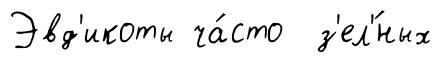
Эвд'икоты ча́сто з'ел'́ных